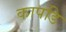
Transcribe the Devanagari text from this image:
कापडि